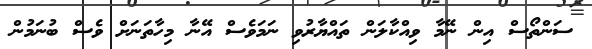
ސަންތޯސް އިން ނޭމާ ވިއްކާލަން ތައްޔާރުވި ނަމަވެސް އޭނާ މިހާތަނަށް ވެސް ބުނަމުން